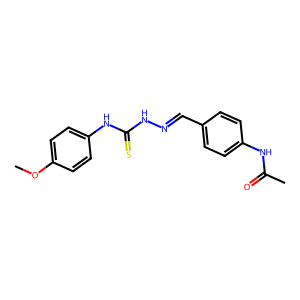
SMILES: COc1ccc(NC(=S)NN=Cc2ccc(NC(C)=O)cc2)cc1
Inhibits HIV replication: No